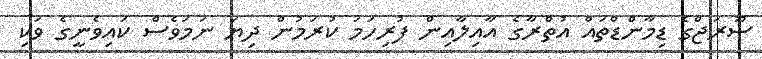
ސޫރަޖްގެ ޑިމާންޑްތައް އުތްރާގެ އާއިލާއިން ފުރިހަމަ ކުރަމުން ދިޔަ ނަމަވެސް ކައިވެނީގެ ވަކި